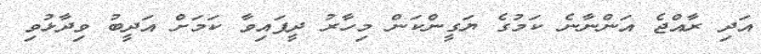
އަދި ރާއްޖެ އަންނާނެ ކަމުގެ ޔަގީންކަން މިހާރު ދީފައިވާ ކަމަށް އަދީބު ވިދާޅުވި